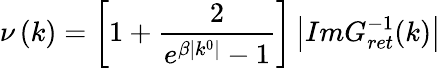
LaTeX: \nu\left(k\right)=\left[1+\frac 2{e^{\beta\left|k^{0}\right|}-1}\right]\left|ImG_{ret}^{-1}(k)\right|